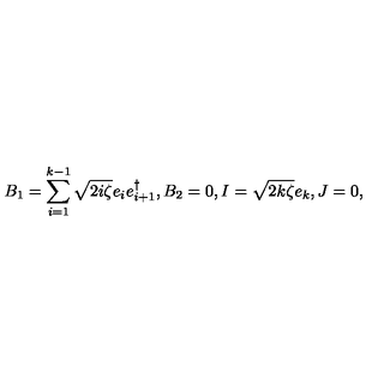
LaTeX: B _ { 1 } = \sum _ { i = 1 } ^ { k - 1 } \sqrt { 2 i \zeta } e _ { i } e _ { i + 1 } ^ { \dag } , B _ { 2 } = 0 , I = \sqrt { 2 k \zeta } e _ { k } , J = 0 ,